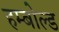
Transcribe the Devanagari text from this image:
हम्बोल्ड